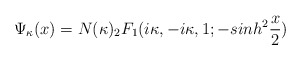
\begin{align*}\Psi_{\kappa} (x)= N(\kappa) _{2}F_{1} (i\kappa,-i\kappa,1;-sinh^2 \frac{x}{2} )\end{align*}